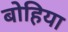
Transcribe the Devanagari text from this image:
बोहिया